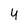
Character: 4